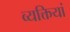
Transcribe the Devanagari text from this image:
व्यक्तियां